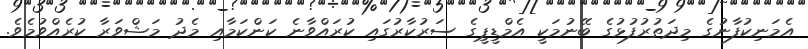
އެމަނިކުފާނުގެ މިދަތުރުފުޅުގެ ބޭނުމަކީ އެމްޑީޕީގެ ސަރުކާރުގައި ކުރައްވާނެ ކަންކަމާއި މެދު މަޝްވަރާ ކުރެއްވުމެވެ.